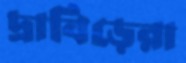
দ্রাবিড়েরা